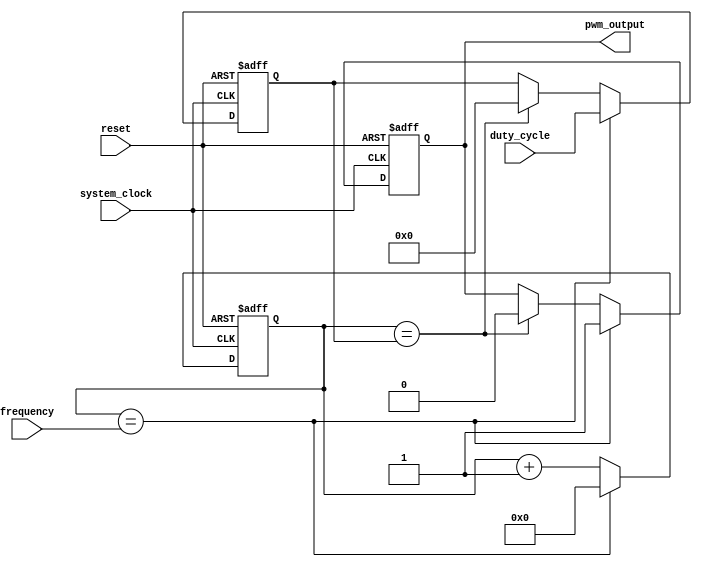
module pwm_pulse_generator(
    input wire system_clock,
    input wire reset,
    input wire [7:0] duty_cycle,
    input wire [15:0] frequency,
    output reg pwm_output
);

reg [15:0] counter;
reg [7:0] compare_value;

always @ (posedge system_clock or posedge reset)
begin
    if (reset)
    begin
        counter <= 16'h0000;
        compare_value <= 8'h00;
        pwm_output <= 1'b0;
    end
    else
    begin
        if (counter == frequency)
        begin
            counter <= 16'h0000;
            compare_value <= duty_cycle;
            pwm_output <= 1'b1;
        end
        else if (counter == compare_value)
        begin
            counter <= counter + 1;
            compare_value <= 8'h00;
            pwm_output <= 1'b0;
        end
        else
        begin
            counter <= counter + 1;
        end
    end
end

endmodule